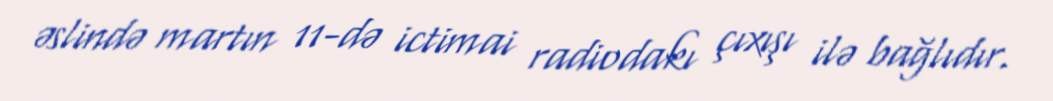
əslində martın 11-də ictimai radiodakı çıxışı ilə bağlıdır.